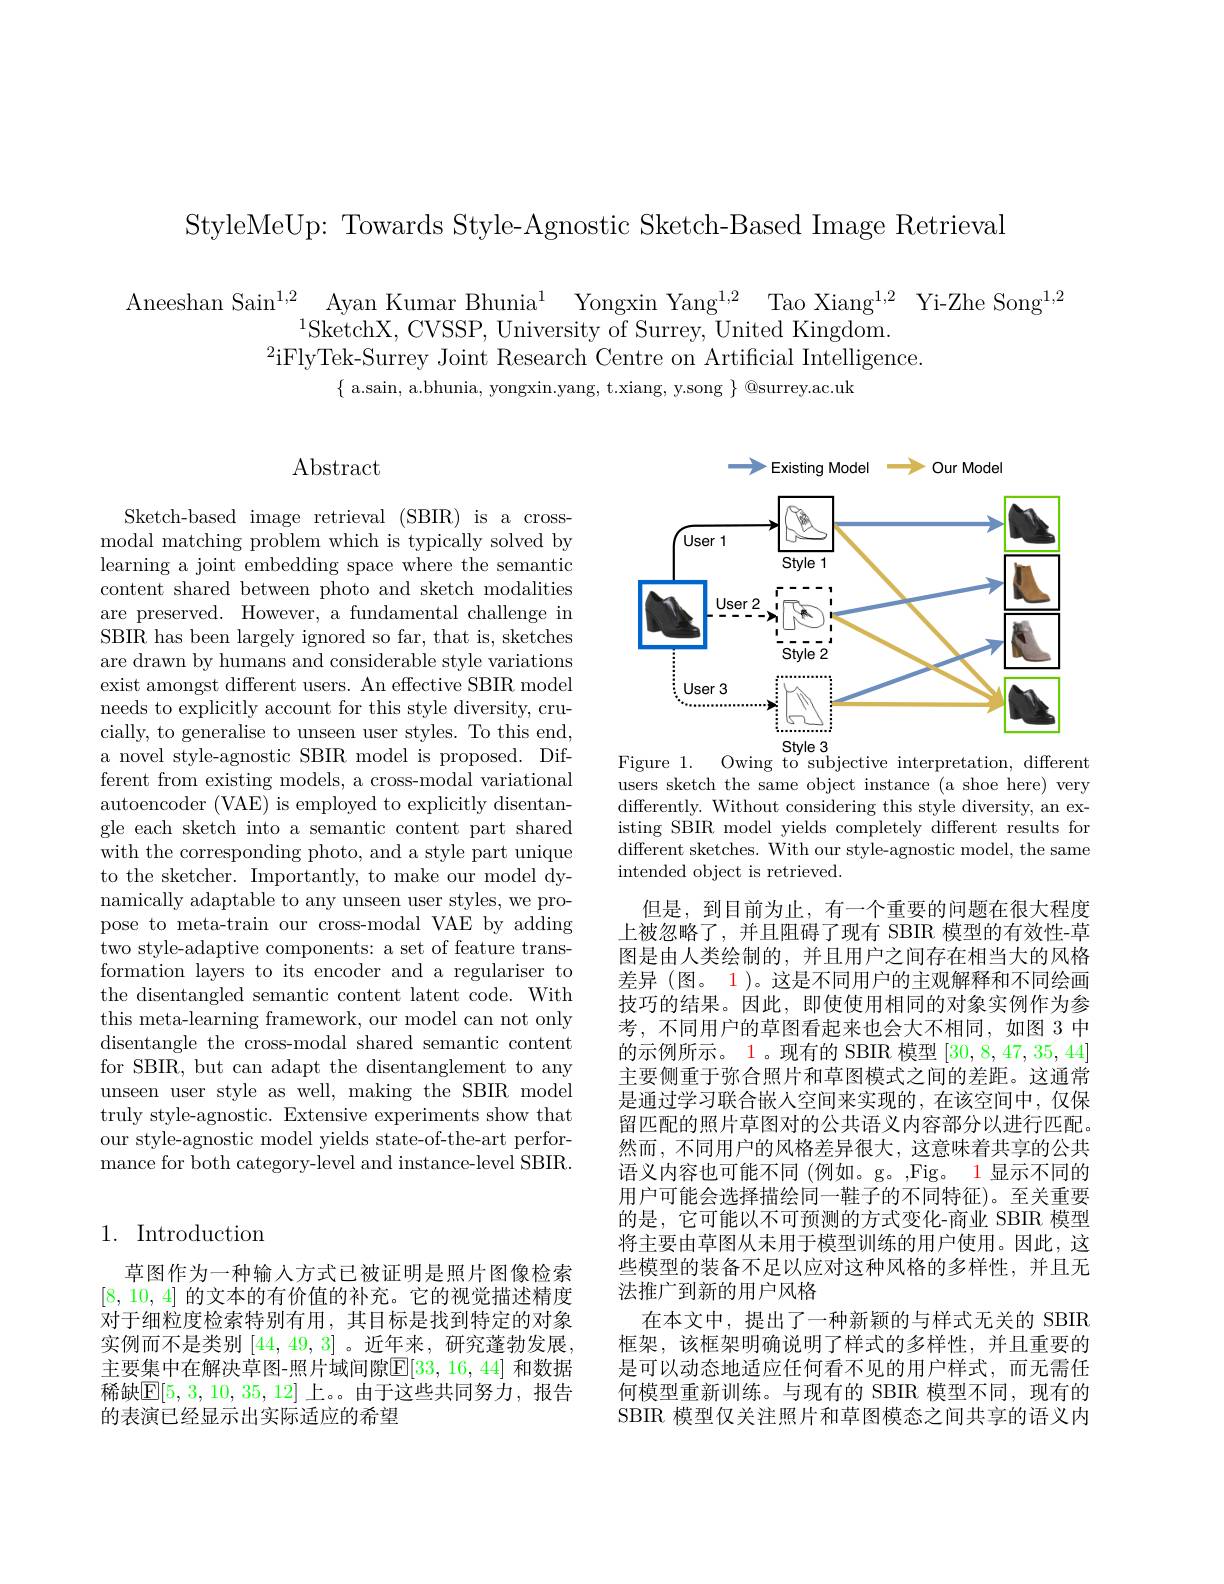
StyleMeUp: Towards Style-Agnostic Sketch-Based Image Retrieval

$\begin{array}{c}{\mathrm{Aneeshan~Sain^{1,2}~Ayan~Kumar~Bhunia^{1}~Yongxin~Yang^{1,2}~Tao~Xiang^{1,2}~Yi-Zhe~Song^{1,2}}}\\{\mathrm{SketchX,~CVSSP,~University~of~Surrey,~United~Kingdom.}}\end{array}$
$^{2}$iFlyTek-Surrey Joint Research Centre on Artificial Intelligence.
$\{$ a.sain, a.bhunia, yongxin.yang, t.xiang, y.song $\}$ @surrey.ac.uk

# $\operatorname{Abstract}$

Sketch-based image retrieval (SBIR) is a crossmodal matching problem which is typically solved by learning a joint embedding space where the semantic content shared between photo and sketch modalities are preserved. However, a fundamental challenge in SBIR has been largely ignored so far, that is, sketches are drawn by humans and considerable style variations exist amongst different users. An effective SBIR model needs to explicitly account for this style diversity, crucially, to generalise to unseen user styles. To this end, a novel style-agnostic SBIR model is proposed. Different from existing models, a cross-modal variational autoencoder (VAE) is employed to explicitly disentangle each sketch into a semantic content part shared with the corresponding photo, and a style part unique to the sketcher. Importantly, to make our model dynamically adaptable to any unseen user styles, we propose to meta-train our cross-modal VAE by adding two style-adaptive components: a set of feature transformation layers to its encoder and a regulariser to the disentangled semantic content latent code. With this meta-learning framework, our model can not only disentangle the cross-modal shared semantic content for SBIR, but can adapt the disentanglement to any unseen user style as well, making the SBIR model truly style-agnostic. Extensive experiments show that our style-agnostic model yields state-of-the-art performance for both category-level and instance-level SBIR.

## 1. Introduction

草图作为一种输入方式已被证明是照片图像检索[8,10,4]的文本的有价值的补充。它的视觉描述精度对于细粒度检索特别有用，其目标是找到特定的对象实例而不是类别|44,49,3|。近年来，研究蓬勃发展， 主要集中在解决草图-照片域间隙$\mathbb{E}[33,16,44]$ 和数据稀缺$\mathbb{E}[5,3,10,35,12]$ 上。由于这些共同努力，报告的表演已经显示出实际适应的希望

<FigureHere>

Figure 1.
Owing to subjective interpretation, different
users sketch the same object instance (a shoe here) very differently. Without considering this style diversity, an existing SBIR model yields completely different results for different sketches. With our style-agnostic model, the same intended object is retrieved.

但是，到目前为止，有一个重要的问题在很大程度上被忽略了，并且阻碍了现有 SBIR 模型的有效性-草图是由人类绘制的，并且用户之间存在相当大的风格差异 (图。1)。这是不同用户的主观解释和不同绘画技巧的结果。因此，即使使用相同的对象实例作为参考，不同用户的草图看起来也会大不相同，如图 3 中的示例所示。1。现有的 SBIR 模型[30,8,47,35,44] 主要侧重于弥合照片和草图模式之间的差距。这通常是通过学习联合嵌人空间来实现的，在该空间中，仅保留匹配的照片草图对的公共语义内容部分以进行匹配。然而，不同用户的风格差异很大，这意味着共享的公共语义内容也可能不同 (例如。g。,Fig。1 显示不同的用户可能会选择描绘同一鞋子的不同特征)。至关重要的是，它可能以不可预测的方式变化-商业 SBIR 模型将主要由草图从未用于模型训练的用户使用。因此，这些模型的装备不足以应对这种风格的多样性，并且无法推广到新的用户风格
在本文中，提出了一种新颖的与样式无关的 SBIR 框架，该框架明确说明了样式的多样性，并且重要的是可以动态地适应任何看不见的用户样式，而无需任何模型重新训练。与现有的 SBIR 模型不同，现有的SBIR 模型仅关注照片和草图模态之间共享的语义内